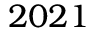
2 0 2 1